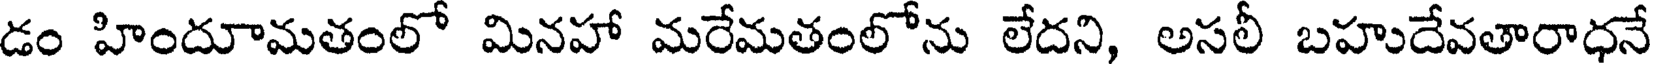
డం హిందూమతంలో మినహా మరేమతంలోను లేదని, అసలీ బహుదేవతారాధనే